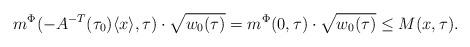
LaTeX: \begin{align*} m^{\Phi}(-A^{-T}(\tau_0)\langle x\rangle, \tau) \cdot \sqrt{w_0 (\tau)} = m^{\Phi}(0,\tau) \cdot \sqrt{w_0 (\tau)} \leq M(x,\tau) . \end{align*}